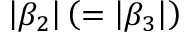
\left| \beta _ { 2 } \right| \left( = \left| \beta _ { 3 } \right| \right)